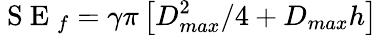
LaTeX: \mathrm{~S~E~}_{f}=\gamma\pi\left[D_{max}^{2}/4+D_{max}h\right]